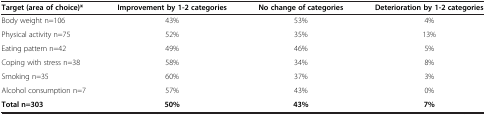
<table><thead><tr><td><b>Target (area of choice)*</b></td><td><b>Improvement by 1-2 categories</b></td><td><b>No change of categories</b></td><td><b>Deterioration by 1-2 categories</b></td></tr></thead><tbody><tr><td>Body weight n=106</td><td>43%</td><td>53%</td><td>4%</td></tr><tr><td>Physical activity n=75</td><td>52%</td><td>35%</td><td>13%</td></tr><tr><td>Eating pattern n=42</td><td>49%</td><td>46%</td><td>5%</td></tr><tr><td>Coping with stress n=38</td><td>58%</td><td>34%</td><td>8%</td></tr><tr><td>Smoking n=35</td><td>60%</td><td>37%</td><td>3%</td></tr><tr><td>Alcohol consumption n=7</td><td>57%</td><td>43%</td><td>0%</td></tr><tr><td><b>Total n=303</b></td><td><b>50%</b></td><td><b>43%</b></td><td><b>7%</b></td></tr></tbody></table>